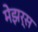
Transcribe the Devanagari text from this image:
मेझर्स